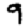
Digit: 9